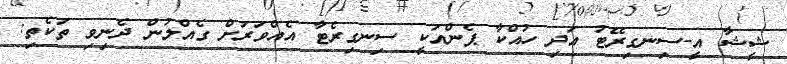
ޝީޝާ އީ-ސިނގިރޭޓު އަދި ހުއްކާ ޕެންއަކީ ސިނގިރެޓާ އެއްވަރަށް ގެއްލުން ދެނިވި ތަކެތި: